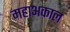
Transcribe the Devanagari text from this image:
महाअकाल